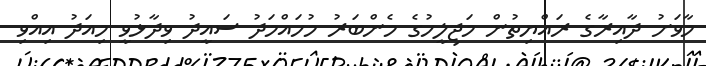
މާވަށު ދާއިރާގެ ރައްޔިތުން މަޖިލީހުގެ މެންބަރު މުހައްމަދު ސައީދު ވިދާޅުވީ މިއަދު އިއްވި